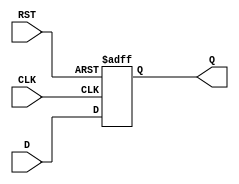
module stage_register #(
    parameter DATA_WIDTH = 8  // Parameter to define the width of the data input/output
)(
    input wire [DATA_WIDTH-1:0] D,  // Data input
    input wire CLK,                  // Clock signal
    input wire RST,                  // Reset signal
    output reg [DATA_WIDTH-1:0] Q    // Data output
);

// Sequential logic for the stage register
always @(posedge CLK or posedge RST) begin
    if (RST) begin
        Q <= {DATA_WIDTH{1'b0}};  // Asynchronous reset: clear the register
    end else begin
        Q <= D;                   // On rising clock edge, capture the input data
    end
end

endmodule